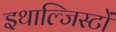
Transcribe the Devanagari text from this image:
इथाल्जिस्टों